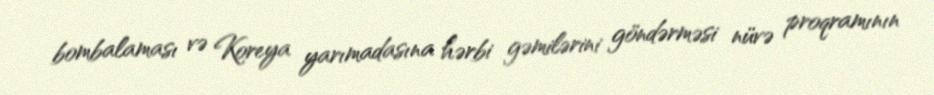
bombalaması və Koreya yarımadasına hərbi gəmilərini göndərməsi nüvə proqramının